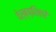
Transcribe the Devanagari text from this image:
देर्ब्य्शिएरे